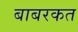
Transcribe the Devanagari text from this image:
बाबरकत